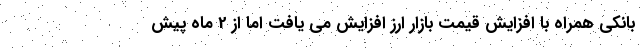
بانکی همراه با افزایش قیمت بازار ارز افزایش می یافت اما از 2 ماه پیش